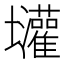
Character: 𱘝